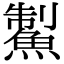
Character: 䱥